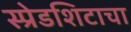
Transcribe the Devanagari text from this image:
स्प्रेडशिटाचा